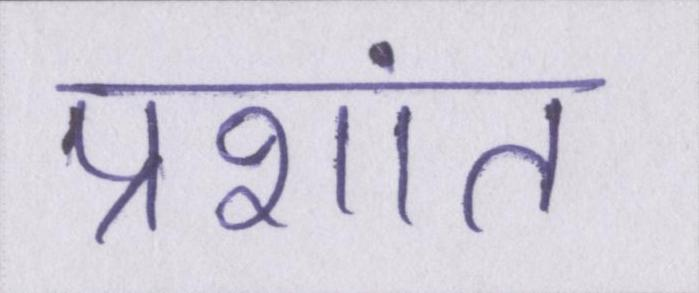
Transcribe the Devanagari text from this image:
प्रशांत